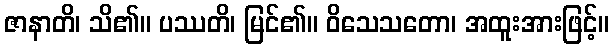
ဇာနာတိ၊ သိ၏။ ပဿတိ၊ မြင်၏။ ဝိသေသတော၊ အထူးအားဖြင့်။